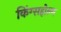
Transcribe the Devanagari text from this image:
किंग्सहोल्म